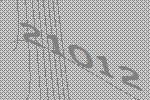
21012